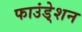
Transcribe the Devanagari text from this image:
फाउंडे्शन